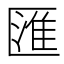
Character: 匯